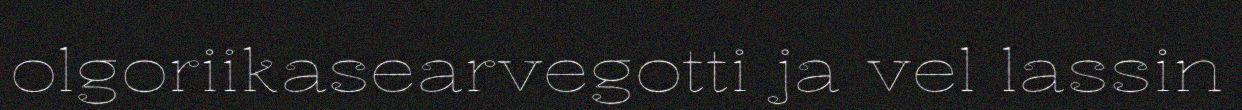
olgoriikasearvegotti ja vel lassin